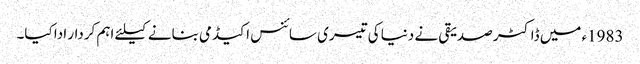
1983ء میں ڈاکٹر صدیقی نے دنیا کی تیسری سائنس اکیڈمی بنانے کیلئے اہم کردار ادا کیا۔